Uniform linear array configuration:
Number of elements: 64
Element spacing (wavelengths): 0.5
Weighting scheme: blackman
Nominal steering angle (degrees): -45
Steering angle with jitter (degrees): -44.764
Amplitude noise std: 0.05
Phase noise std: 0.05

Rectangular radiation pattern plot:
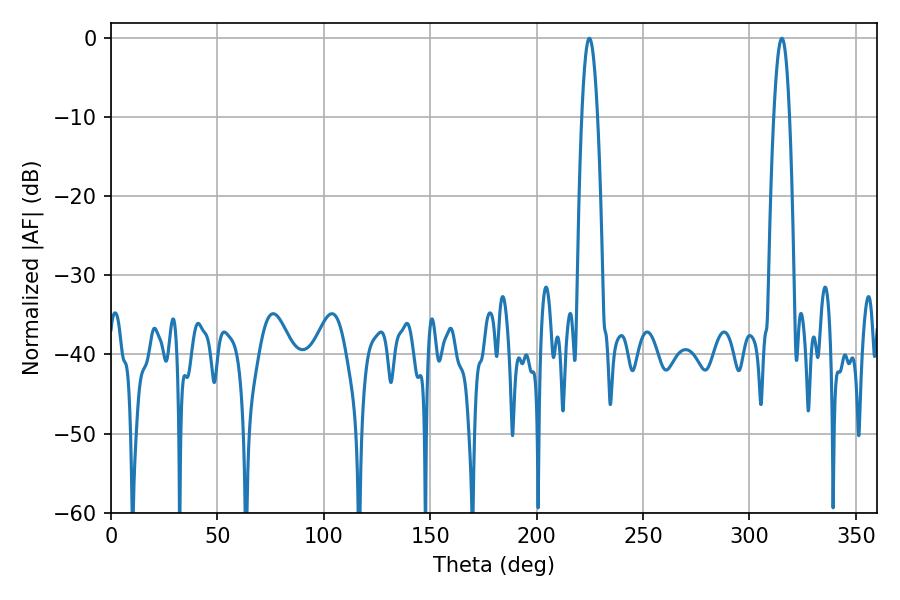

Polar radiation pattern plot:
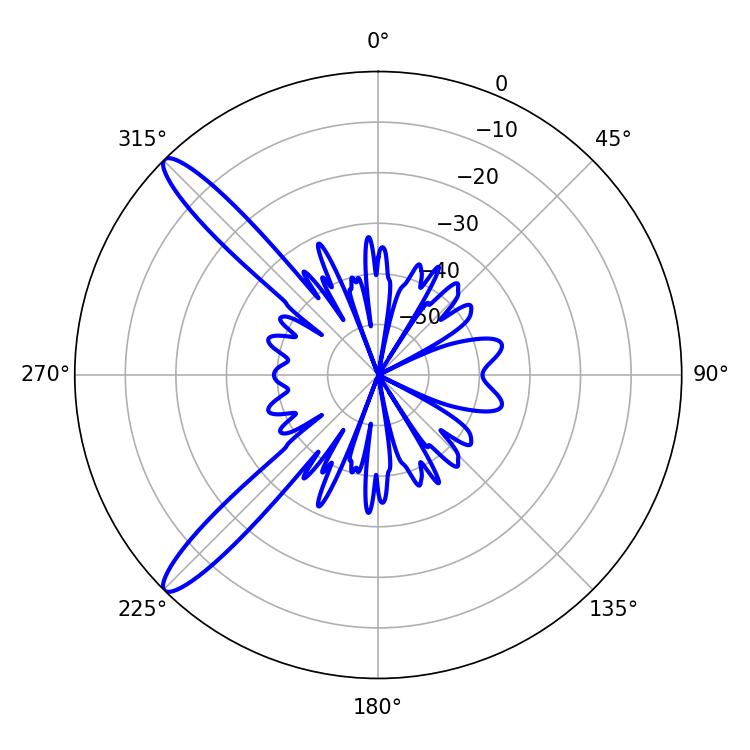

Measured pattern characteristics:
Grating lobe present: FALSE
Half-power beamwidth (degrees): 3.96
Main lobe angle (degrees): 224.82